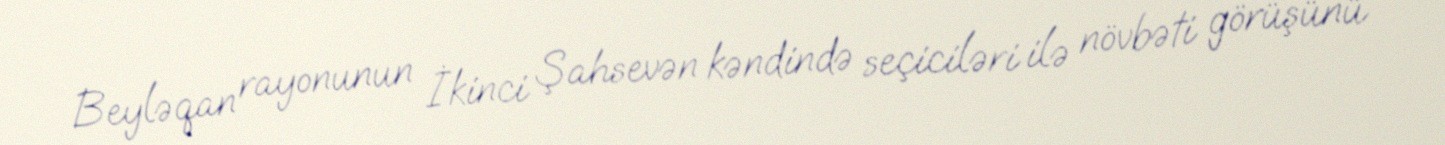
Beyləqan rayonunun İkinci Şahsevən kəndində seçiciləri ilə növbəti görüşünü